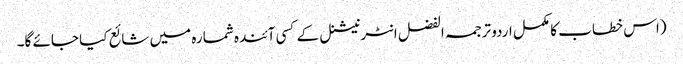
(اس خطاب کا مکمل اردو ترجمہ الفضل انٹرنیشنل کے کسی آئندہ شمارہ میں شائع کیا جائے گا۔